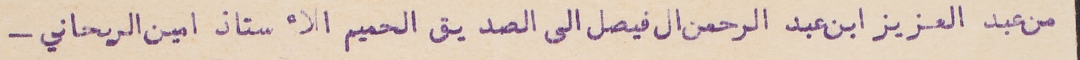
من عبد العزيز ابن عبد الرحمن ال فيصل الى الصديق الحميم الأستاذ امين الريحاني -